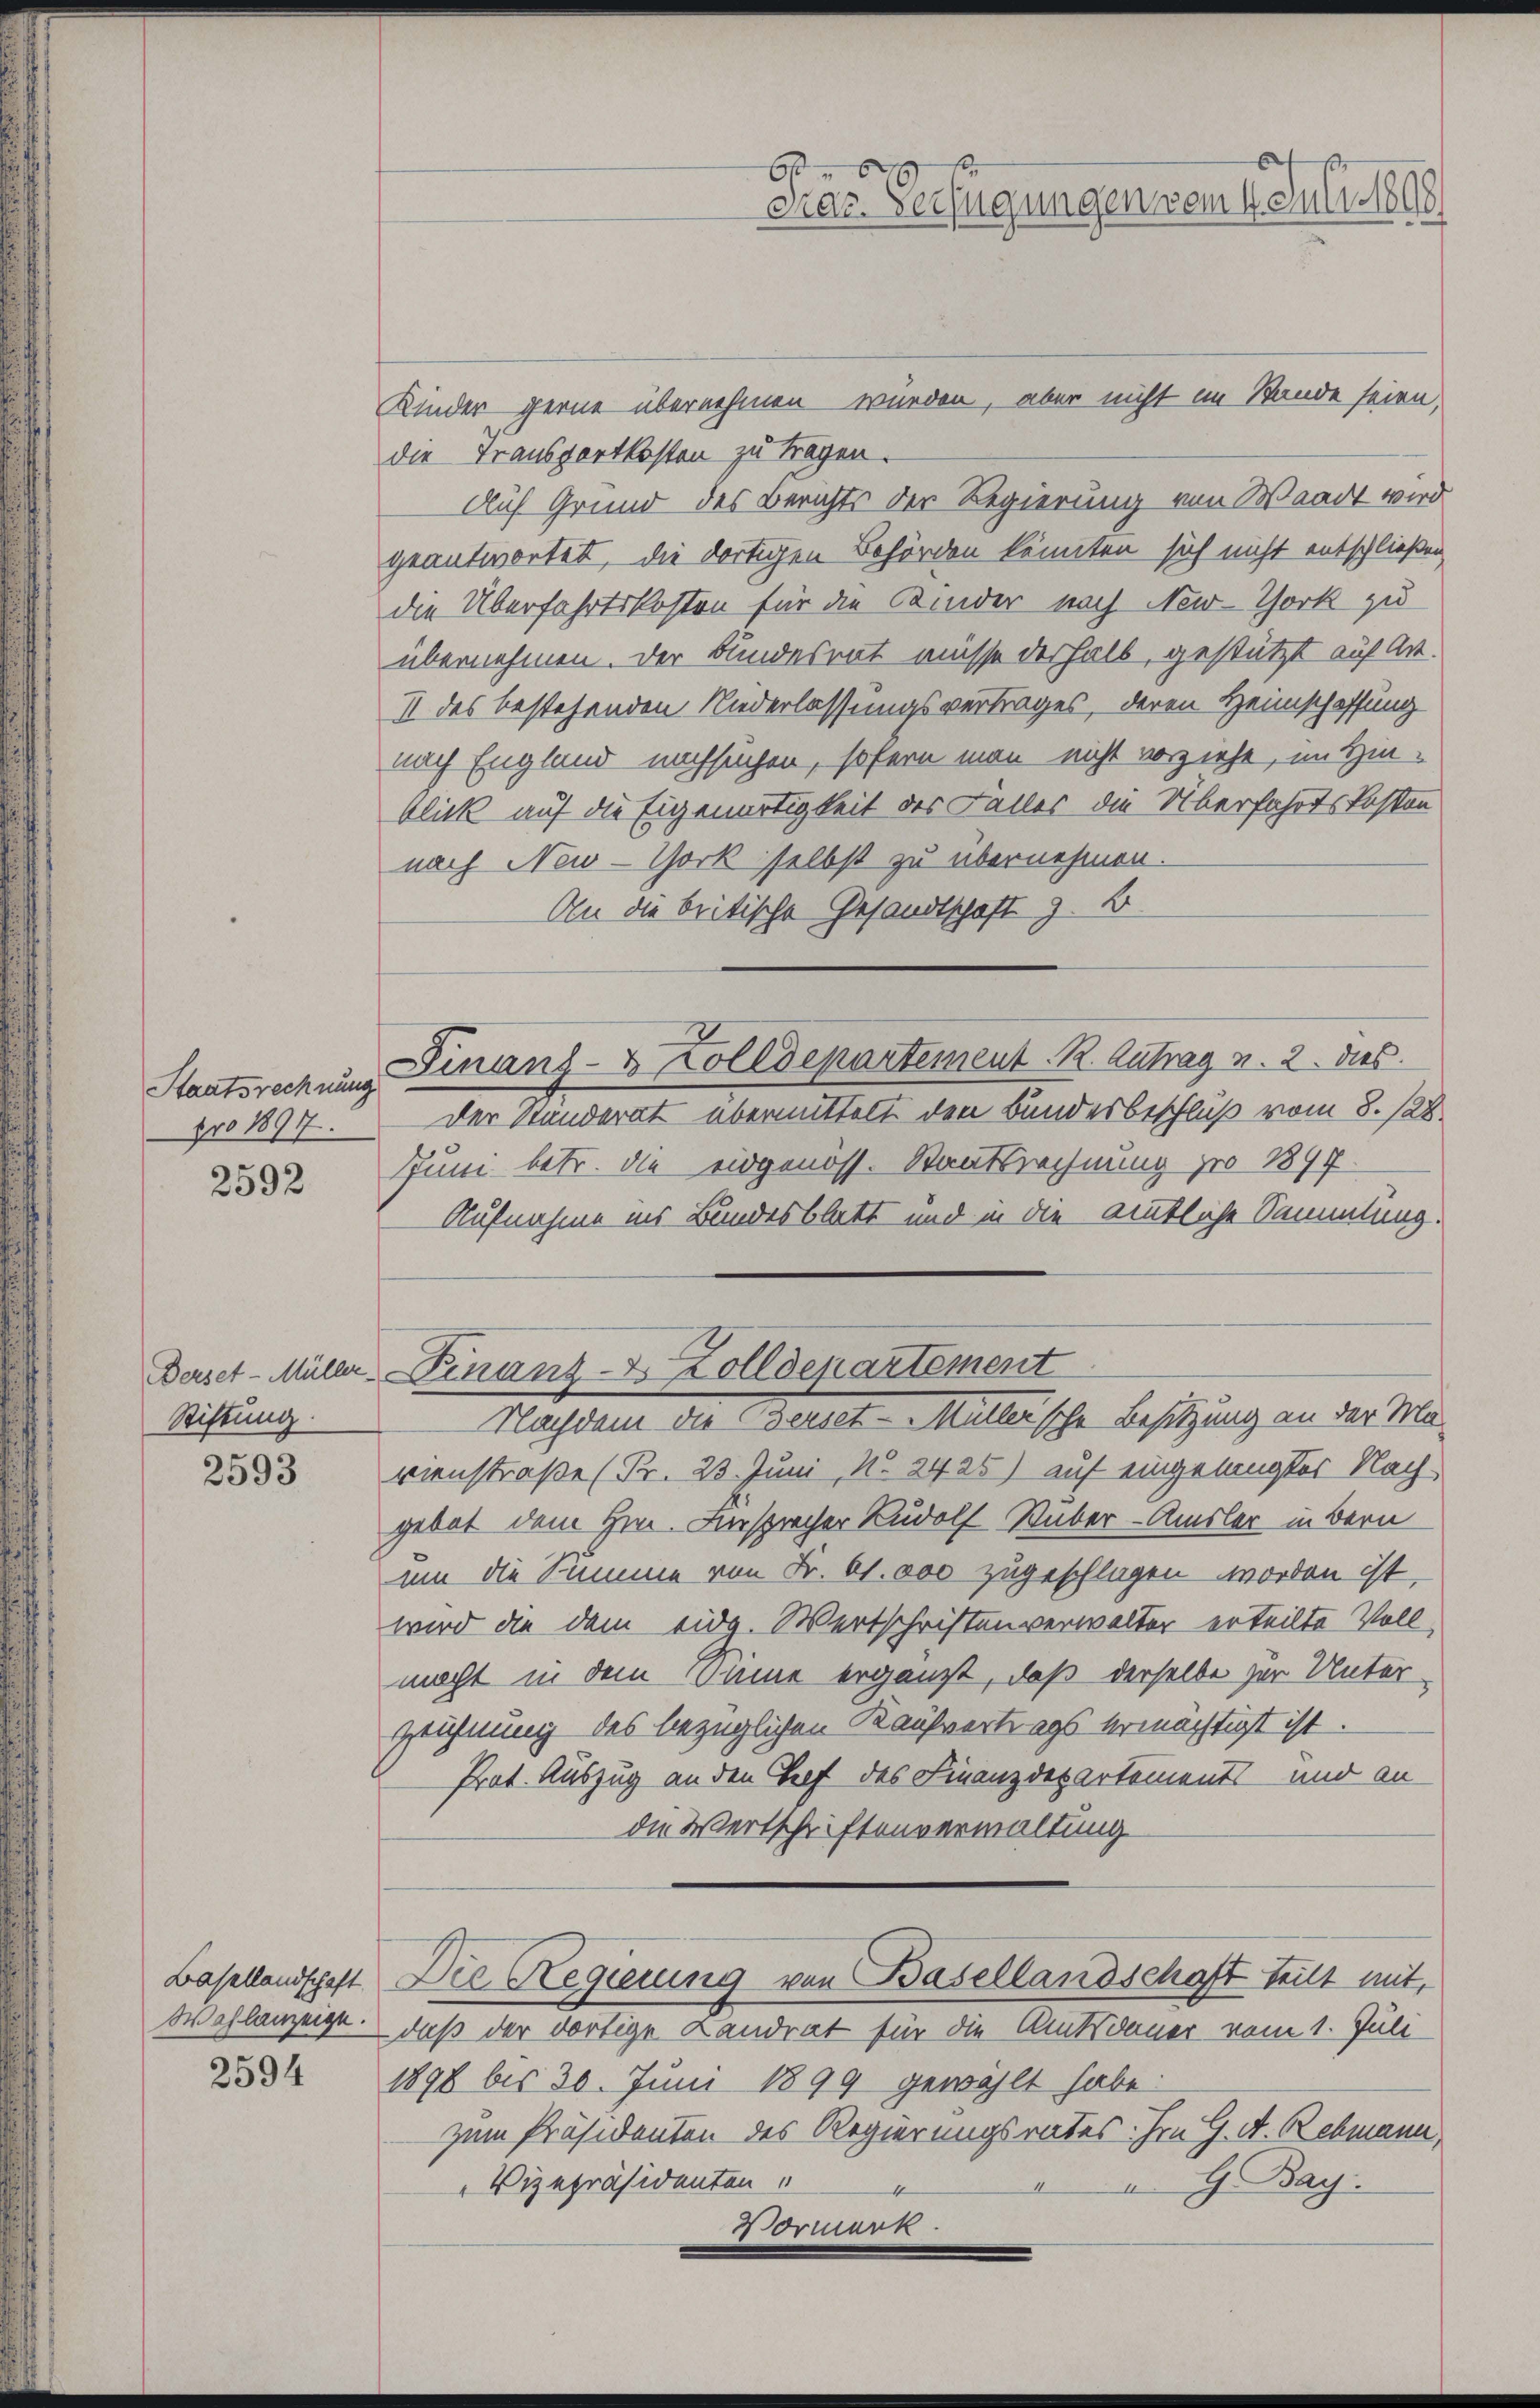
pro 1897.

2592

Stiftung.

2593

Basellandschaft.
Wohlanzeige.

2594

Kinder gerne übernehmen würden, aber nicht im Stande seien,
die Transportkosten zu tragen.
Auch Grund des Berichts der Regierung von Waadt wird
geantwortet, die dortigen Behörden könnten sich nicht entschließen,
die Überfahrtskosten für die Kinder nach New-York zu
übernehmen. Der Bundesrat müsse deshalb, gestützt auf Art.
II des bestehenden Niederlassungsvertrages, deren Heimschaffung
nach England nachsuchen, sofern man nicht vorzieht, im Hinblick auf die Eigenartigkeit des Falles die Überfahrtskosten
nach New-York selbst zu übernehmen.
An die britische Gesandtschaft z. B
der Ständerat übermittelt den Bundesbeschluß vom 8. 128.
Juni betr. die eidgenöss. Staatsrechnung pro 1897.
Aufnahme ins Bundesblatt und in die amtliche Sammlung.
Derset-Müller Finanz Zolldepartement
Nachdem die derset-Müller'sche Besitzung an der Ma-
vienstraße (Pr. 23. Juni, No. 24 25) auf eingelangter Nach
gebet dem Hrn. Fürsprecher Rudolf Huber-Amsler in Bern
um die Summe von Fr. 61. 000 zugeschlagen worden ist,
wird die dem eidg. Wertschriften verwalter erteilte Vollmacht in dem Sinne ergänzt, daß derselbe zur Unter¬
Zeichnung des bezüglichen Kaufvertrags ermächtigt ist.
Prot. Auszug an den Genf des Finanzdepartements- und an
die Wertschriftenverwaltung
Die Regierung von Basellandschaft teilt mit,
daß der dortige Landrat für die Amtsdauer vom 1. Juli
1898 bis 30. Juni 1899 gewählt habe:
zum Präsidenten des Regierungsrates. Im G. A. Rebmann,
G Bay.
Vizepräsidenten
e
Vormerk

Staatsrechung Finanz- & Zolldepartement. R. Zutrag v. 2. das

6
Das Verfügungen vom 4. Juli 1898